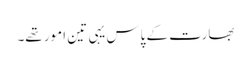
بھارت کے پاس یہی تین امور تھے۔